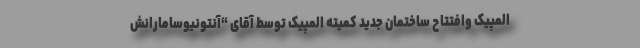
المپیک وافتتاح ساختمان جدید کمیته المپیک توسط آقای “آنتونیوسامارانش